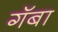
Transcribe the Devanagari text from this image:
गॅबा